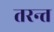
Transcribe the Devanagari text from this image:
तरन्त